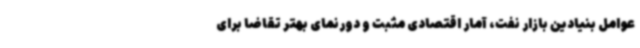
عوامل بنیادین بازار نفت، آمار اقتصادی مثبت و دورنمای بهتر تقاضا برای